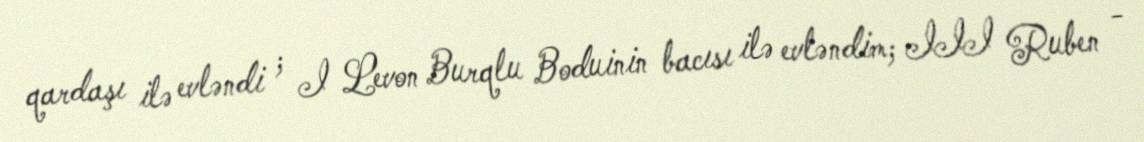
qardaşı ilə evləndi ; I Levon Burqlu Boduinin bacısı ilə evləndim; III Ruben -